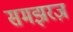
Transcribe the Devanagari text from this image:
समझरज़